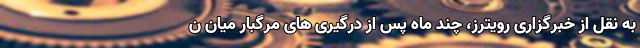
به نقل از خبرگزاری رویترز، چند ماه پس از درگیری های مرگبار میان ن